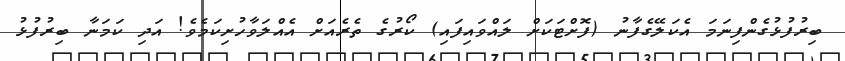
ބިރުފުޅުގެންފިނަމަ އެކަލޭގެފާނު (ފޮށްޓަކަށް ލައްވައިފައި) ކޯރުގެ ތެރެއަށް އެއްލަވާހުށިކަމެވެ! އަދި ކަމަނާ ބިރުފުޅު